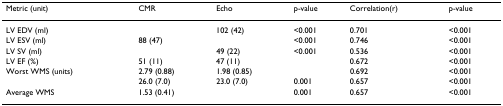
<table><thead><tr><td><b>Metric (unit)</b></td><td><b>CMR</b></td><td><b>Echo</b></td><td><b>p-value</b></td><td><b>Correlation(r)</b></td><td><b>p-value</b></td></tr></thead><tbody><tr><td>LV EDV (ml)</td><td>[EMPTY_CELL]</td><td>102 (42)</td><td>&lt;0.001</td><td>0.701</td><td>&lt;0.001</td></tr><tr><td>LV ESV (ml)</td><td>88 (47)</td><td>[EMPTY_CELL]</td><td>&lt;0.001</td><td>0.746</td><td>&lt;0.001</td></tr><tr><td>LV SV (ml)</td><td>[EMPTY_CELL]</td><td>49 (22)</td><td>&lt;0.001</td><td>0.536</td><td>&lt;0.001</td></tr><tr><td>LV EF (%)</td><td>51 (11)</td><td>47 (11)</td><td>[EMPTY_CELL]</td><td>0.672</td><td>&lt;0.001</td></tr><tr><td>Worst WMS (units)</td><td>2.79 (0.88)</td><td>1.98 (0.85)</td><td>[EMPTY_CELL]</td><td>0.692</td><td>&lt;0.001</td></tr><tr><td>[EMPTY_CELL]</td><td>26.0 (7.0)</td><td>23.0 (7.0)</td><td>0.001</td><td>0.657</td><td>&lt;0.001</td></tr><tr><td>Average WMS</td><td>1.53 (0.41)</td><td>[EMPTY_CELL]</td><td>0.001</td><td>0.657</td><td>&lt;0.001</td></tr></tbody></table>